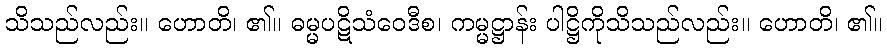
သိသည်လည်း။ ဟောတိ၊ ၏။ ဓမ္မပဋိသံဝေဒီစ၊ ကမ္မဋ္ဌာန်း ပါဋ္ဌိကိုသိသည်လည်း။ ဟောတိ၊ ၏။